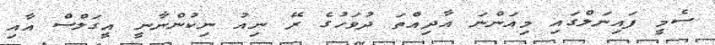
ސެމީ ފައިނަލްގައި މިއަންނަ އާދިއްތަ ދުވަހުގެ ރޭ ނިއު ނިކުންނާނީ އީގަލްސް އާއި